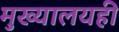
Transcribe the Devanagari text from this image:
मुख्यालयही